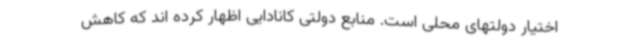
اختیار دولتهای محلی است. منابع دولتی کانادایی اظهار کرده اند که کاهش